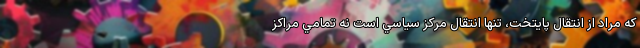
که مراد از انتقال پايتخت، تنها انتقال مركز سياسي است نه تمامي مراكز